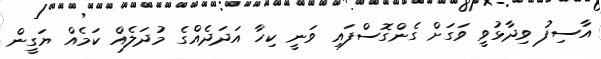
އާސިފު ވިދާޅުވީ ވަގަށް ގެންގޮސްފައި ވަނީ ކިހާ އަދަދެއްގެ މުދަލެއް ކަމެއް ޔަގީން